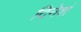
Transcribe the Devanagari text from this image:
दिनेशं